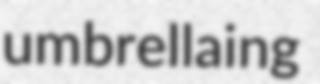
umbrellaing